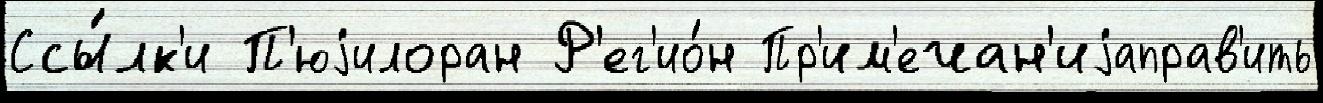
Ссы́лк'и П'юjилоран Р'ег'ио́н Пр'им'ечан'иjаправ'ить